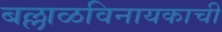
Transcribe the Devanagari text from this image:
बल्लाळविनायकाची